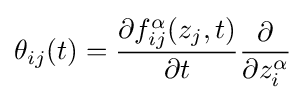
\theta _{ij}(t)={\frac {\partial f_{ij}^{\alpha }(z_{j},t)}{\partial t}}{\frac {\partial }{\partial z_{i}^{\alpha }}}